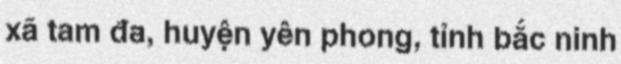
xã tam đa, huyện yên phong, tỉnh bắc ninh